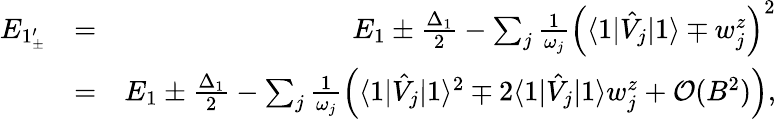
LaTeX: \begin{array}{rlr}{E_{1_{\pm}^{\prime}}}&{=}&{E_{1}\pm\frac{\Delta_{1}}{2}-\sum_{j}\frac{1}{\omega_{j}}\left(\langle 1|\hat{V}_{j}|1\rangle\mp w_{j}^{z}\right)^{2}}\\ &{=}&{E_{1}\pm\frac{\Delta_{1}}{2}-\sum_{j}\frac{1}{\omega_{j}}\left(\langle 1|\hat{V}_{j}|1\rangle^{2}\mp 2\langle 1|\hat{V}_{j}|1\rangle w_{j}^{z}+\mathcal{O}(B^{2})\right),}\end{array}